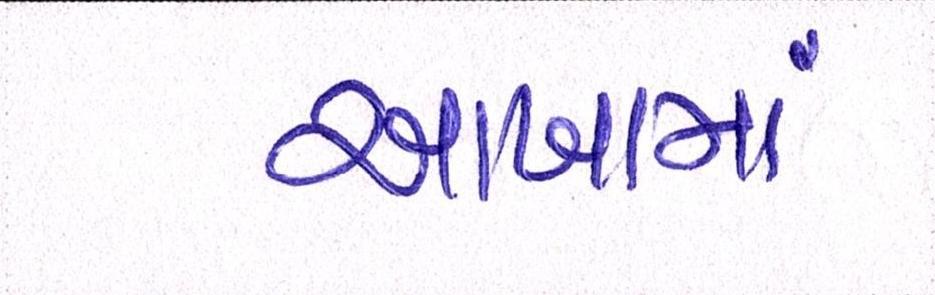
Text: આખામાં